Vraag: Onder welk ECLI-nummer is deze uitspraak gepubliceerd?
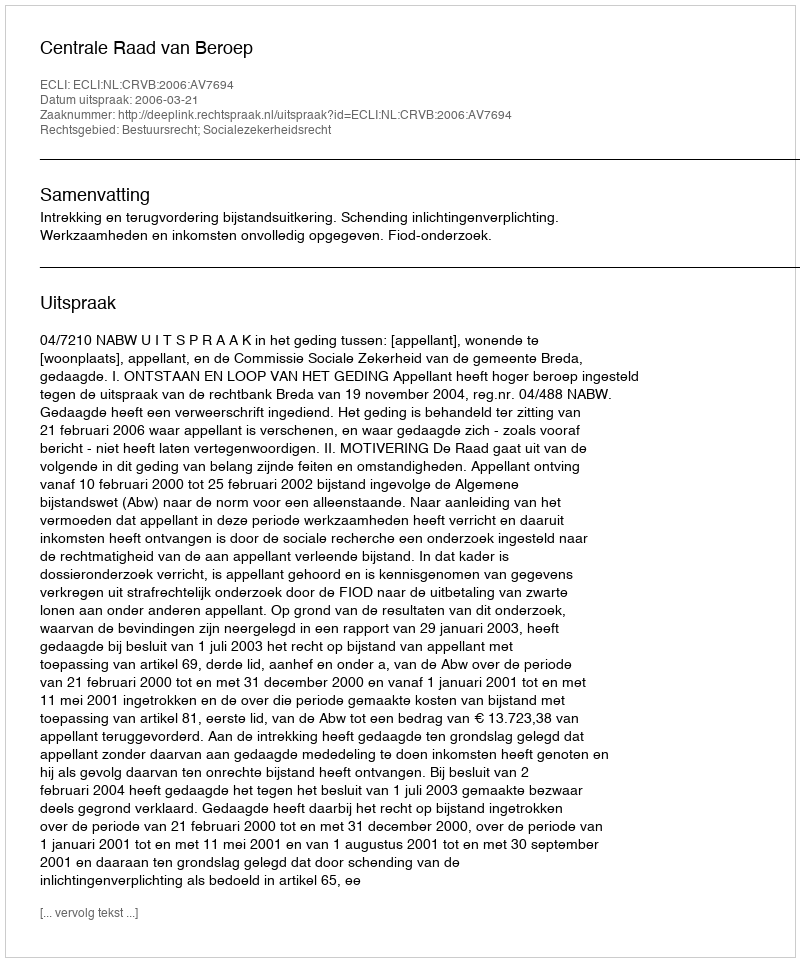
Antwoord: ECLI:NL:CRVB:2006:AV7694